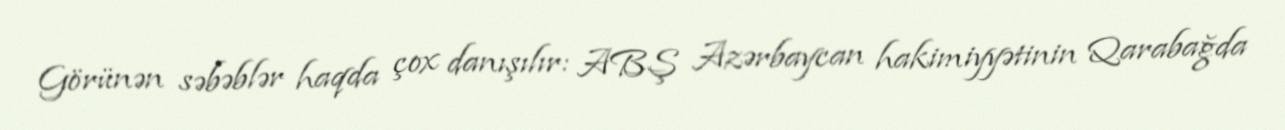
Görünən səbəblər haqda çox danışılır: ABŞ Azərbaycan hakimiyyətinin Qarabağda